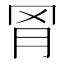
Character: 𬚰